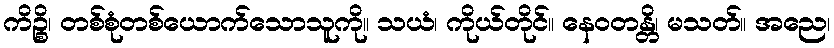
ကိဉ္စိ၊ တစ်စုံတစ်ယောက်သောသူကို။ သယံ၊ ကိုယ်တိုင်။ နေဝတန္တိ၊ မသတ်။ အညေ၊